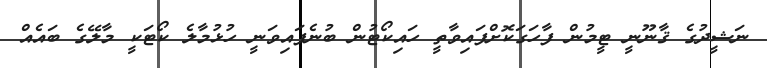
ނަޝީދުގެ ޤާނޫނީ ޓީމުން ފާހަގަކޮށްފައިވާތީ ހައިކޯޓުން ބުނެފައިވަނީ ހުޅުމާލެ ކޯޓަކީ މާލޭގެ ބައެއް